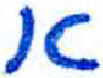
אות: א